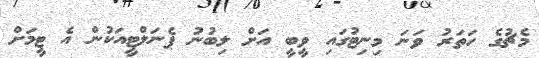
މެޗުގެ ހަތަރު ވަނަ މިނިޓުގައި ވީބީ އަށް ލިބުނު ޕެނަލްޓީއަކުން އެ ޓީމަށް